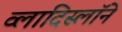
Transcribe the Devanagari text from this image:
व्लादिस्लॉने